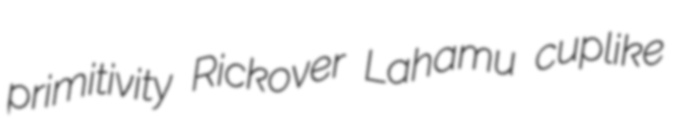
primitivity Rickover Lahamu cuplike